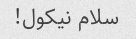
سلام نیکول!